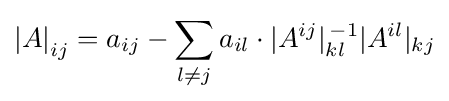
\left|A\right|_{ij}=a_{ij}-\sum _{l\neq j}a_{il}\cdot |A^{ij}|_{kl}^{\,-1}|A^{il}|_{kj}